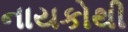
નાયકોથી